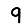
Digit: 9